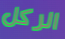
الركل